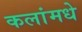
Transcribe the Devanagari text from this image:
कलांमधे